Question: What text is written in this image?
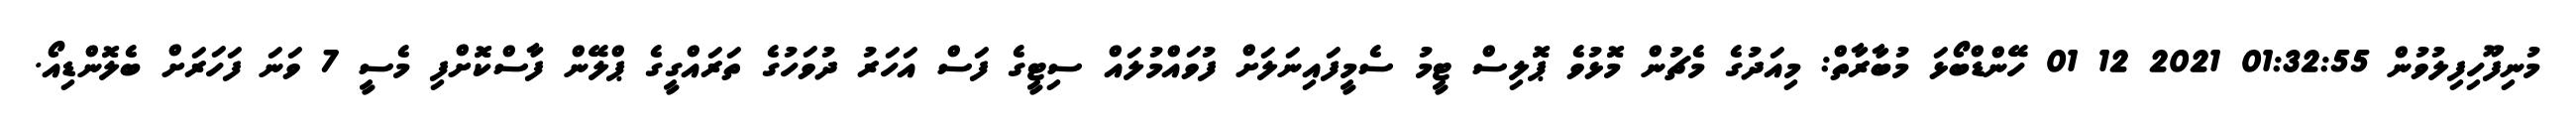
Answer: މުނިފޫހިފިލުވުން 01:32:55 2021 12 01 ހޭންޑްބޯޅަ މުބާރާތް: މިއަދުގެ މެޗުން މޮޅުވެ ޕޮލިސް ޓީމު ސެމީފައިނަލަށް ފުވައްމުލައް ސިޓީގެ ފަސް އަހަރު ދުވަހުގެ ތަރައްގީގެ ޕްލޭން ފާސްކޮށްފި މެސީ 7 ވަނަ ފަހަރަށް ބެލޮންޑިއޯ.